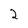
Character: 2